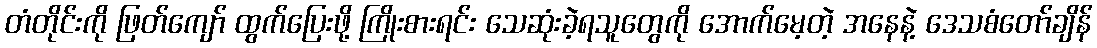
တံတိုင်းကို ဖြတ်ကျော် ထွက်ပြေးဖို့ ကြိုးစားရင်း သေဆုံးခဲ့ရသူတွေကို အောက်မေ့တဲ့ အနေနဲ့ ဒေသစံတော်ချိန်